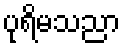
ပုရိမသညာ